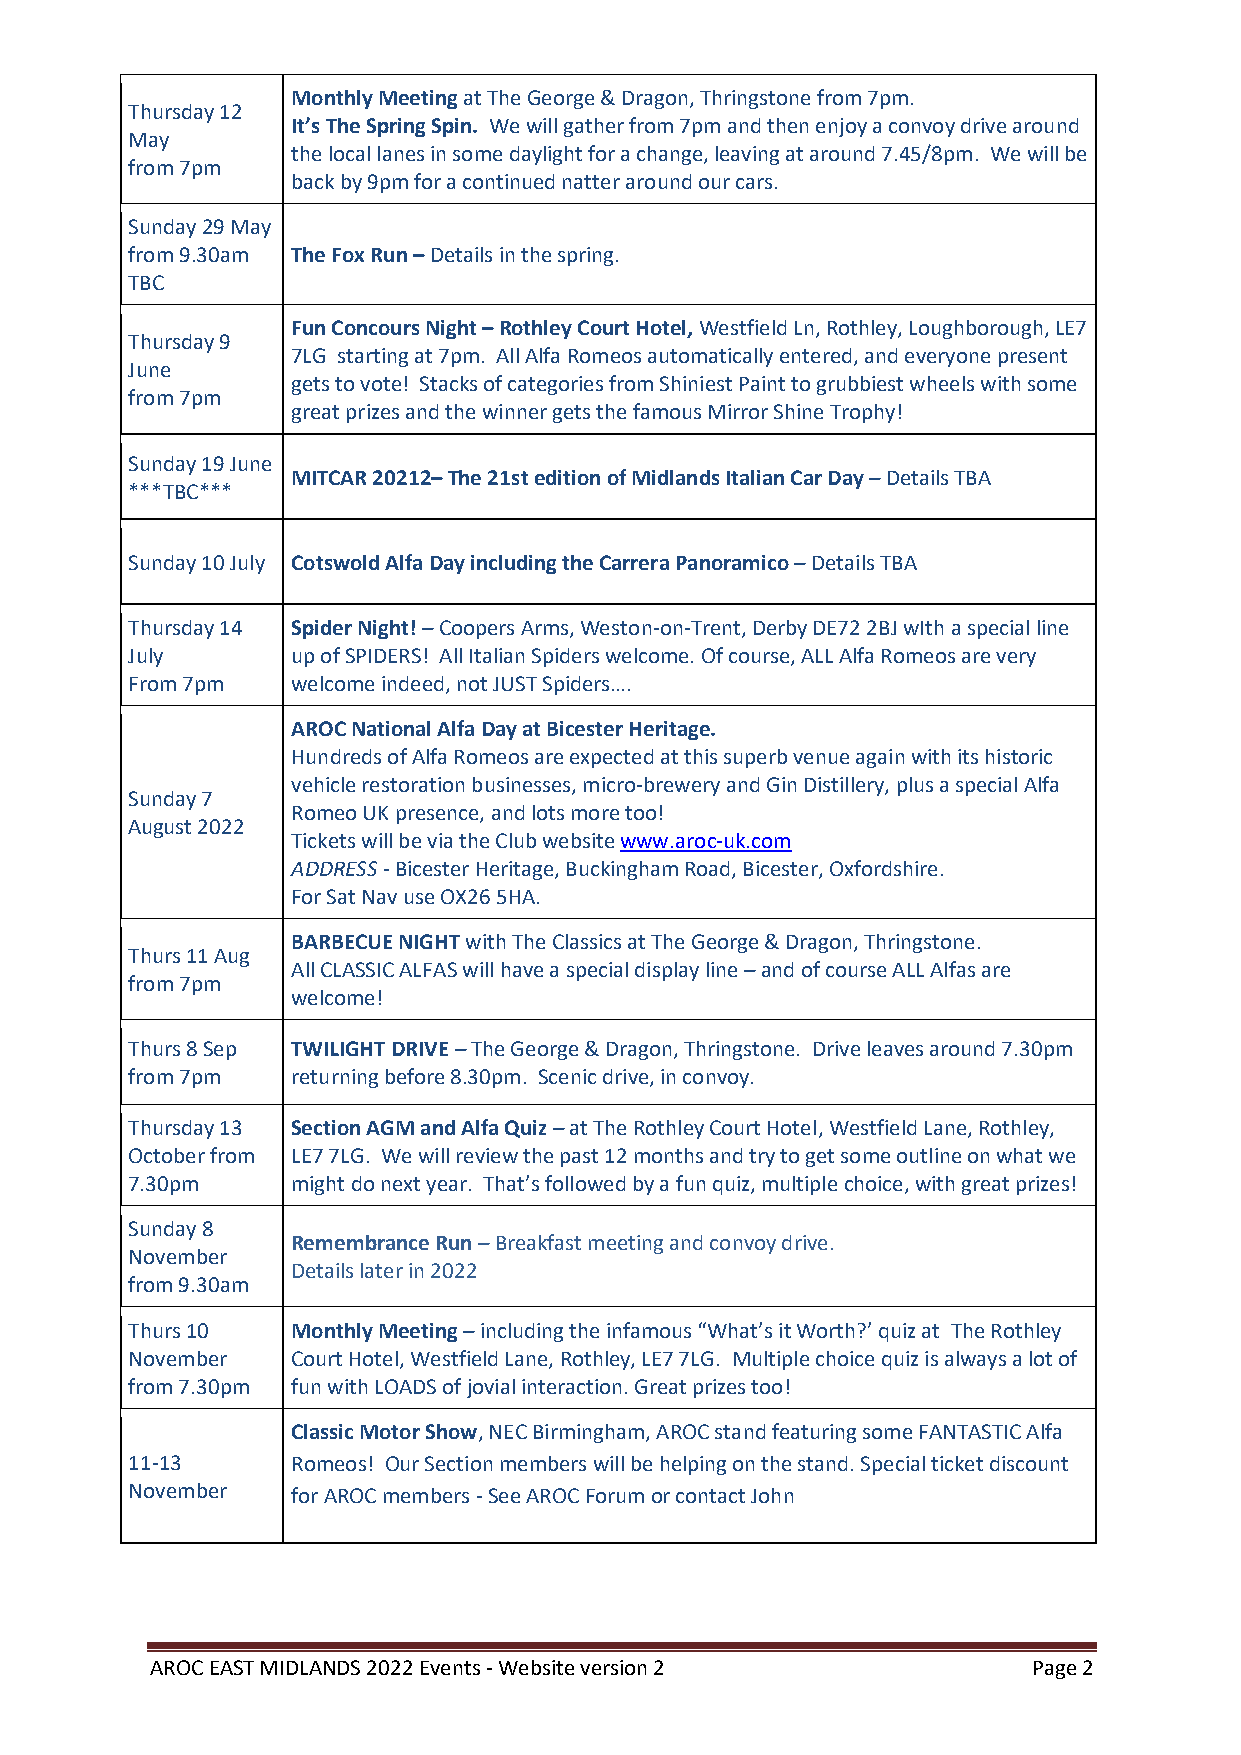
Monthly Meeting at The George & Dragon, Thringstone from 7pm.
 Thursday 12
 It’s The Spring Spin. We will gather from 7pm and then enjoy a convoy drive around
 May
 the local lanes in some daylight for a change, leaving at around 7.45/8pm. We will be
 from 7pm
 back by 9pm for a continued natter around our cars.
 Sunday 29 May
 from 9.30am The Fox Run – Details in the spring.
 TBC
 Fun Concours Night – Rothley Court Hotel, Westfield Ln, Rothley, Loughborough, LE7
 Thursday 9
 7LG starting at 7pm. All Alfa Romeos automatically entered, and everyone present
 June
 gets to vote! Stacks of categories from Shiniest Paint to grubbiest wheels with some
 from 7pm
 great prizes and the winner gets the famous Mirror Shine Trophy!
 Sunday 19 June
 MITCAR 20212– The 21st edition of Midlands Italian Car Day – Details TBA
 ***TBC***
 Sunday 10 July Cotswold Alfa Day including the Carrera Panoramico – Details TBA
 Thursday 14 Spider Night! – Coopers Arms, Weston-on-Trent, Derby DE72 2BJ wIth a special line
 July       up of SPIDERS! All Italian Spiders welcome. Of course, ALL Alfa Romeos are very
 From 7pm   welcome indeed, not JUST Spiders….
 AROC National Alfa Day at Bicester Heritage.
 Hundreds of Alfa Romeos are expected at this superb venue again with its historic
 vehicle restoration businesses, micro-brewery and Gin Distillery, plus a special Alfa
 Sunday 7
 Romeo UK presence, and lots more too!
 August 2022
 Tickets will be via the Club website www.aroc-uk.com
 ADDRESS - Bicester Heritage, Buckingham Road, Bicester, Oxfordshire.
 For Sat Nav use OX26 5HA.
 BARBECUE NIGHT with The Classics at The George & Dragon, Thringstone.
 Thurs 11 Aug
 All CLASSIC ALFAS will have a special display line – and of course ALL Alfas are
 from 7pm
 welcome!
 Thurs 8 Sep TWILIGHT DRIVE – The George & Dragon, Thringstone. Drive leaves around 7.30pm
 from 7pm   returning before 8.30pm. Scenic drive, in convoy.
 Thursday 13 Section AGM and Alfa Quiz – at The Rothley Court Hotel, Westfield Lane, Rothley,
 October from LE7 7LG. We will review the past 12 months and try to get some outline on what we
 7.30pm     might do next year. That’s followed by a fun quiz, multiple choice, with great prizes!
 Sunday 8
 Remembrance Run – Breakfast meeting and convoy drive.
 November
 Details later in 2022
 from 9.30am
 Thurs 10   Monthly Meeting – including the infamous “What’s it Worth?’ quiz at The Rothley
 November   Court Hotel, Westfield Lane, Rothley, LE7 7LG. Multiple choice quiz is always a lot of
 from 7.30pm fun with LOADS of jovial interaction. Great prizes too!
 Classic Motor Show, NEC Birmingham, AROC stand featuring some FANTASTIC Alfa
 11-13      Romeos! Our Section members will be helping on the stand. Special ticket discount
 November   for AROC members - See AROC Forum or contact John
 AROC EAST MIDLANDS 2022 Events - Website version 2        Page 2